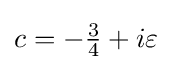
c=-{\tfrac {3}{4}}+i\varepsilon